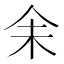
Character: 𪜬